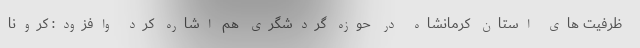
ظرفیت های استان کرمانشاه در حوزه گردشگری هم اشاره کرد وافزود: کرونا